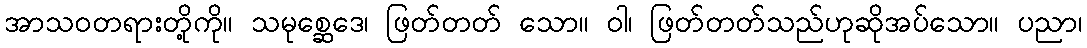
အာသဝတရားတို့ကို။ သမုစ္ဆေဒေ၊ ဖြတ်တတ် သော။ ဝါ၊ ဖြတ်တတ်သည်ဟုဆိုအပ်သော။ ပညာ၊